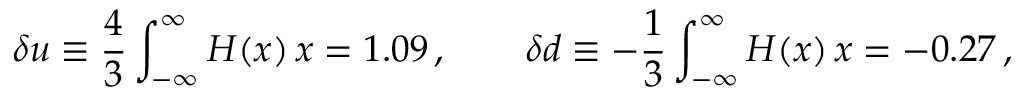
\delta u \equiv \frac 4 3 \int _ { - \infty } ^ { \infty } H ( x ) \, \d x = 1 . 0 9 \, , \qquad \delta d \equiv - \frac 1 3 \int _ { - \infty } ^ { \infty } H ( x ) \, \d x = - 0 . 2 7 \, ,